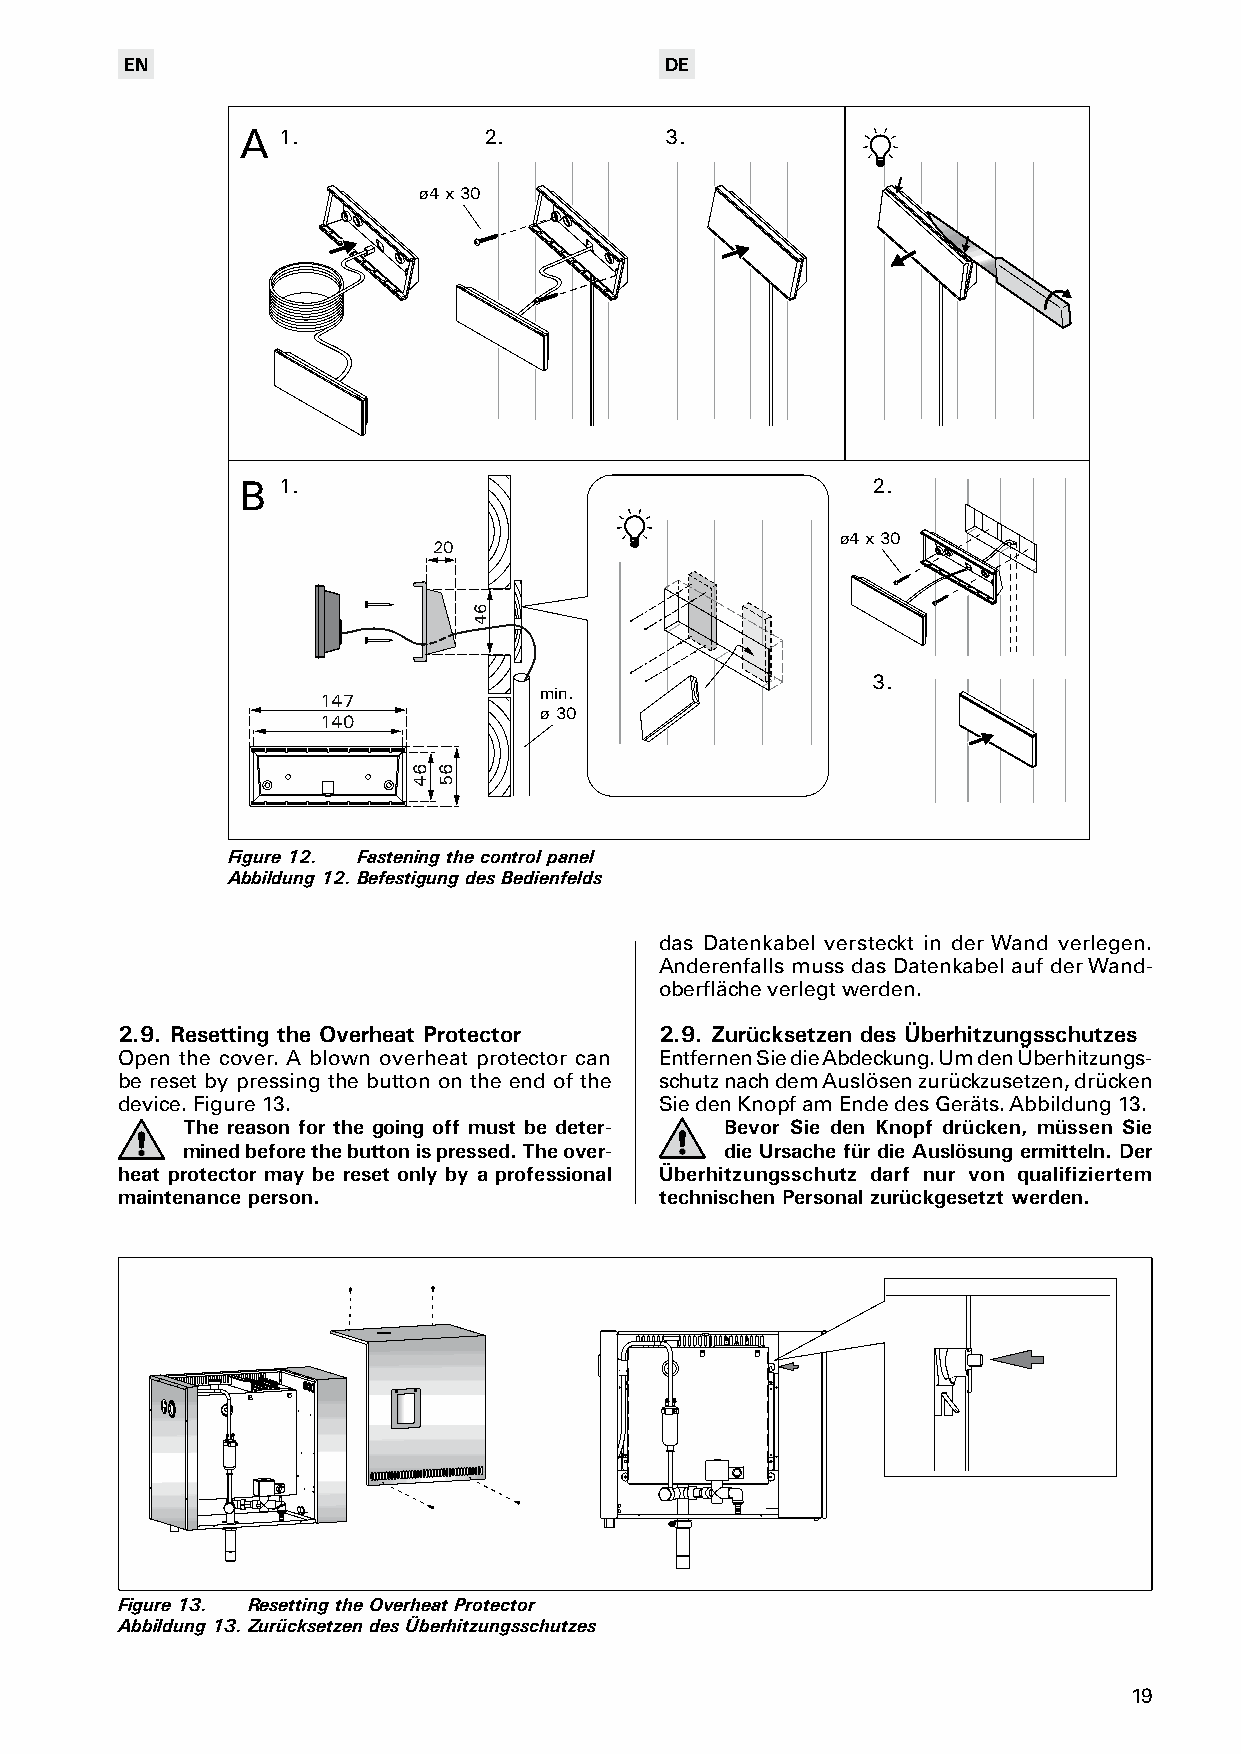
EN                                  DE
 A 1.            2.          3.
 ø4 x 30
 B 1.                                      2.
 ø4 x 30
 20
 3.
 min.
 147
 ø 30
 140
 Figure 12. Fastening the control panel
 Abbildung 12. Befestigung des Bedienfelds
 das Datenkabel versteckt in der Wand verlegen.
 Anderenfalls muss das Datenkabel auf der Wand-
 oberfläche verlegt werden.
 2.9. Resetting the Overheat Protector 2.9. Zurücksetzen des Überhitzungsschutzes
 Open the cover. A blown overheat protector can Entfernen Sie die Abdeckung. Um den Überhitzungs-
 be reset by pressing the button on the end of the schutz nach dem Auslösen zurückzusetzen, drücken
 device. Figure 13.                  Sie den Knopf am Ende des Geräts. Abbildung 13.
 The reason for the going off must be deter- Bevor Sie den Knopf drücken, müssen Sie
 mined before the button is pressed. The over- die Ursache für die Auslösung ermitteln. Der
 heat protector may be reset only by a professional Überhitzungsschutz darf nur von qualifiziertem
 maintenance person.                 technischen Personal zurückgesetzt werden.
 Figure 13. Resetting the Overheat Protector
 Abbildung 13. Zurücksetzen des Überhitzungsschutzes
 19
 64 65
 64